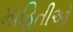
માહિતીઓ